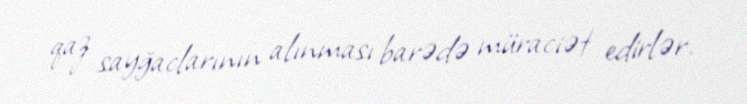
qaz sayğaclarının alınması barədə müraciət edirlər.